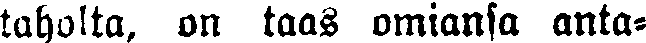
taholta, on taas omiansa anta-